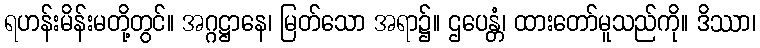
ရဟန်းမိန်းမတို့တွင်။ အဂ္ဂဋ္ဌာနေ၊ မြတ်သော အရာ၌။ ဌပေန္တံ၊ ထားတော်မူသည်ကို။ ဒိဿာ၊